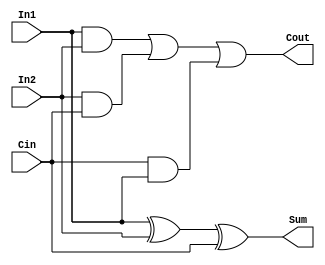
`timescale 1ns / 1ps
//////////////////////////////////////////////////////////////////////////////////
// Company: 
// Engineer: 
// 
// Design Name: 
// Module Name: FA
// Project Name: 
// Target Devices: 
// Tool Versions: 
// Description: 
// 
// Dependencies: 
// 
// Revision:
// Revision 0.01 - File Created
// Additional Comments:
// 
//////////////////////////////////////////////////////////////////////////////////


module FA(In1, In2, Cin, Sum, Cout);

    input  In1, In2, Cin;

    output  Sum, Cout;
    
    assign Sum  = (In1 ^ In2) ^ Cin;
    assign Cout = (In1 & In2) | (In2 & Cin) | (Cin & In1);
endmodule